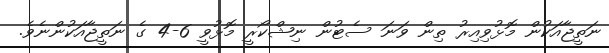
ނަތީޖާއަކުން މޮޅުވިއިރު ތިން ވަނަ ސެޓުން ނިޝްކޯރީ މޮޅުވީ 6-4 ގެ ނަތީޖާއަކުންނެވެ.